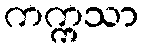
ကက္ကသာ